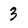
Character: 3